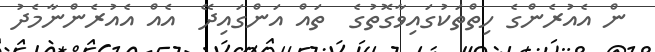
ން އެއުރެންގެ ހިތްތަކުގައިވާގޮތުގެ  ތައް އަންގައިދޭ  އެއް އެއުރެންނާމެދު